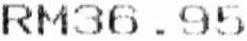
RM36.95